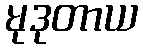
မုဒုတာယ